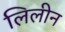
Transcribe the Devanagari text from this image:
लिलीन